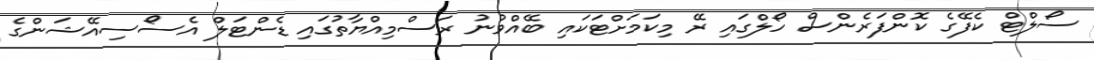
ސޯލްޓް ކެފޭގެ ކޮންފަރެންސް ހޯލްގައި ރޭ މިކަމަށްޓަކައި ބޭއްވުނު ރަސްމިއްޔާތުގައި ޑެންޓަލް އެސޯސިއޭޝަންގެ